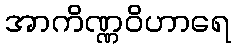
အာကိဏ္ဏဝိဟာရေ